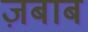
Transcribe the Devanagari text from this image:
ज़बाब